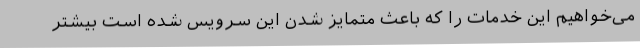
می‌خواهیم این خدمات را که باعث متمایز شدن این سرویس شده است بیشتر